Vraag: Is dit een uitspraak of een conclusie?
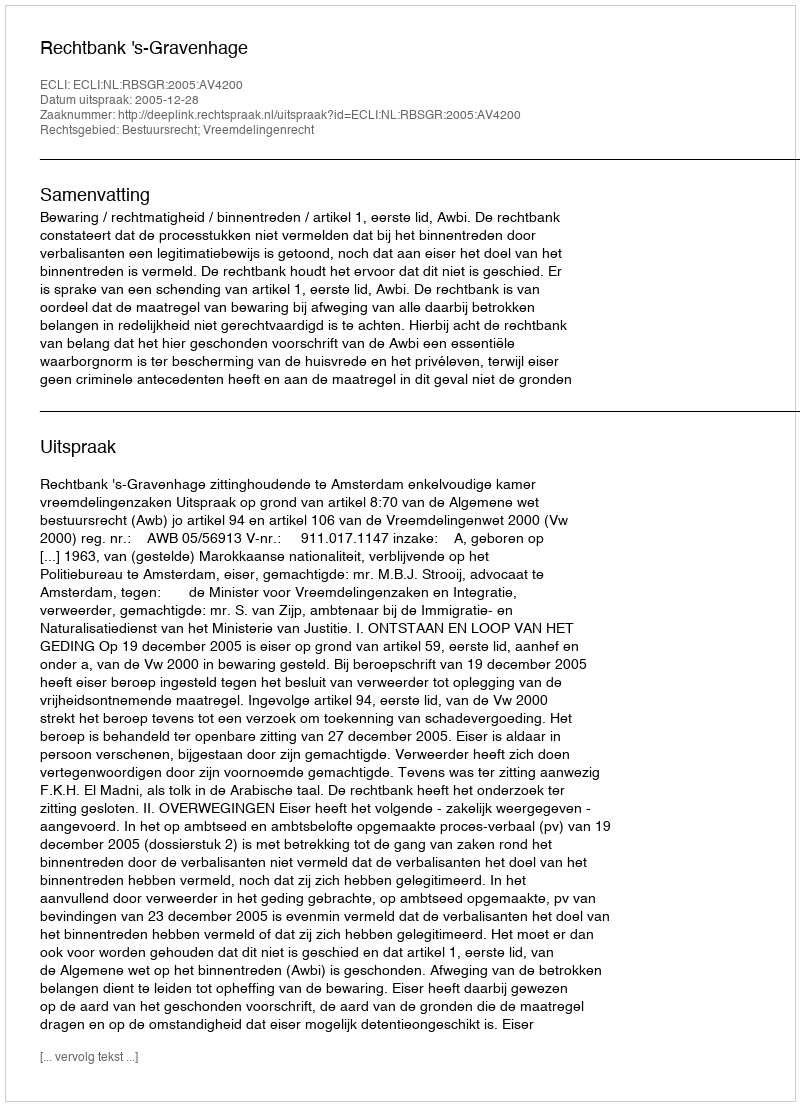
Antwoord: Uitspraak